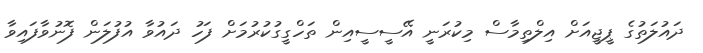
ދައުލަތުގެ ޕީޖީއަށް އިލްތިމާސް މިކުރަނީ އޭސީސީއިން ތަހްގީގުކުރުމަށް ފަހު ދައުވާ އުފުލަން ފޮނުވާފައިވާ